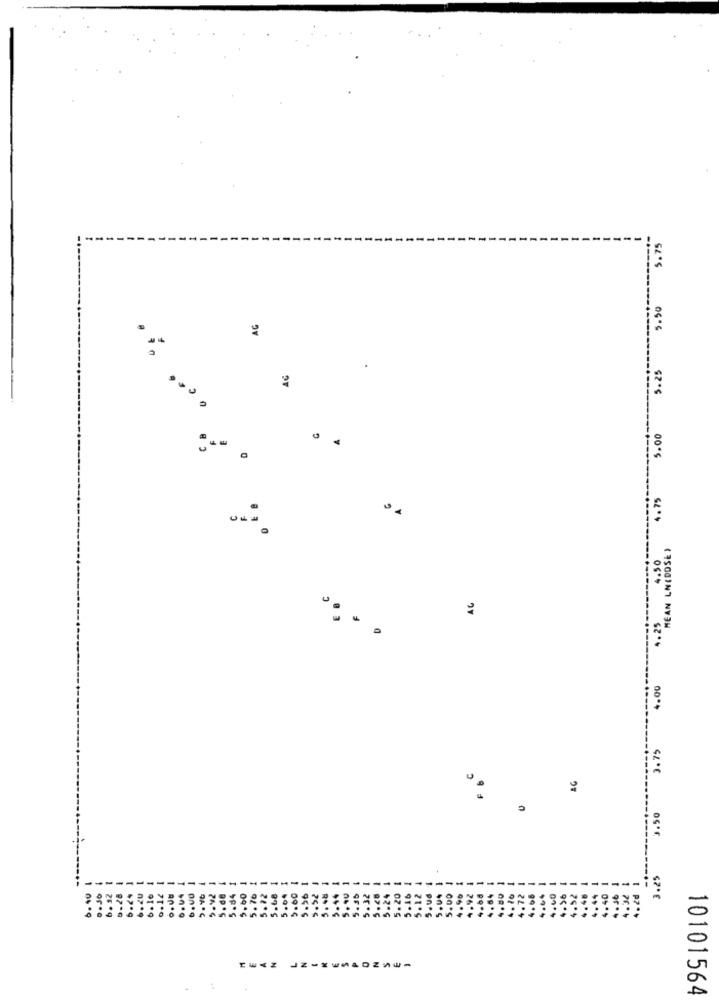
5.75
5.50
AG
5.25
AG
CB
5.00
4.75
MEAN LN(DOSE)
4.50
AG
4.25
4.00
3.75
AG
..
3.50
3.25
. 2d
.40
JZ ----. 024-
10101564